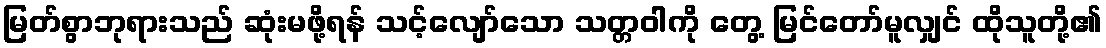
မြတ်စွာဘုရားသည် ဆုံးမဖို့ရန် သင့်လျော်သော သတ္တဝါကို တွေ့ မြင်တော်မူလျှင် ထိုသူတို့၏